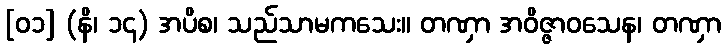
[၀၁] (နိ၊ ၁၄) အပိစ၊ သည်သာမကသေး။ တဏှာ အဝိဇ္ဇာဝသေန၊ တဏှာ